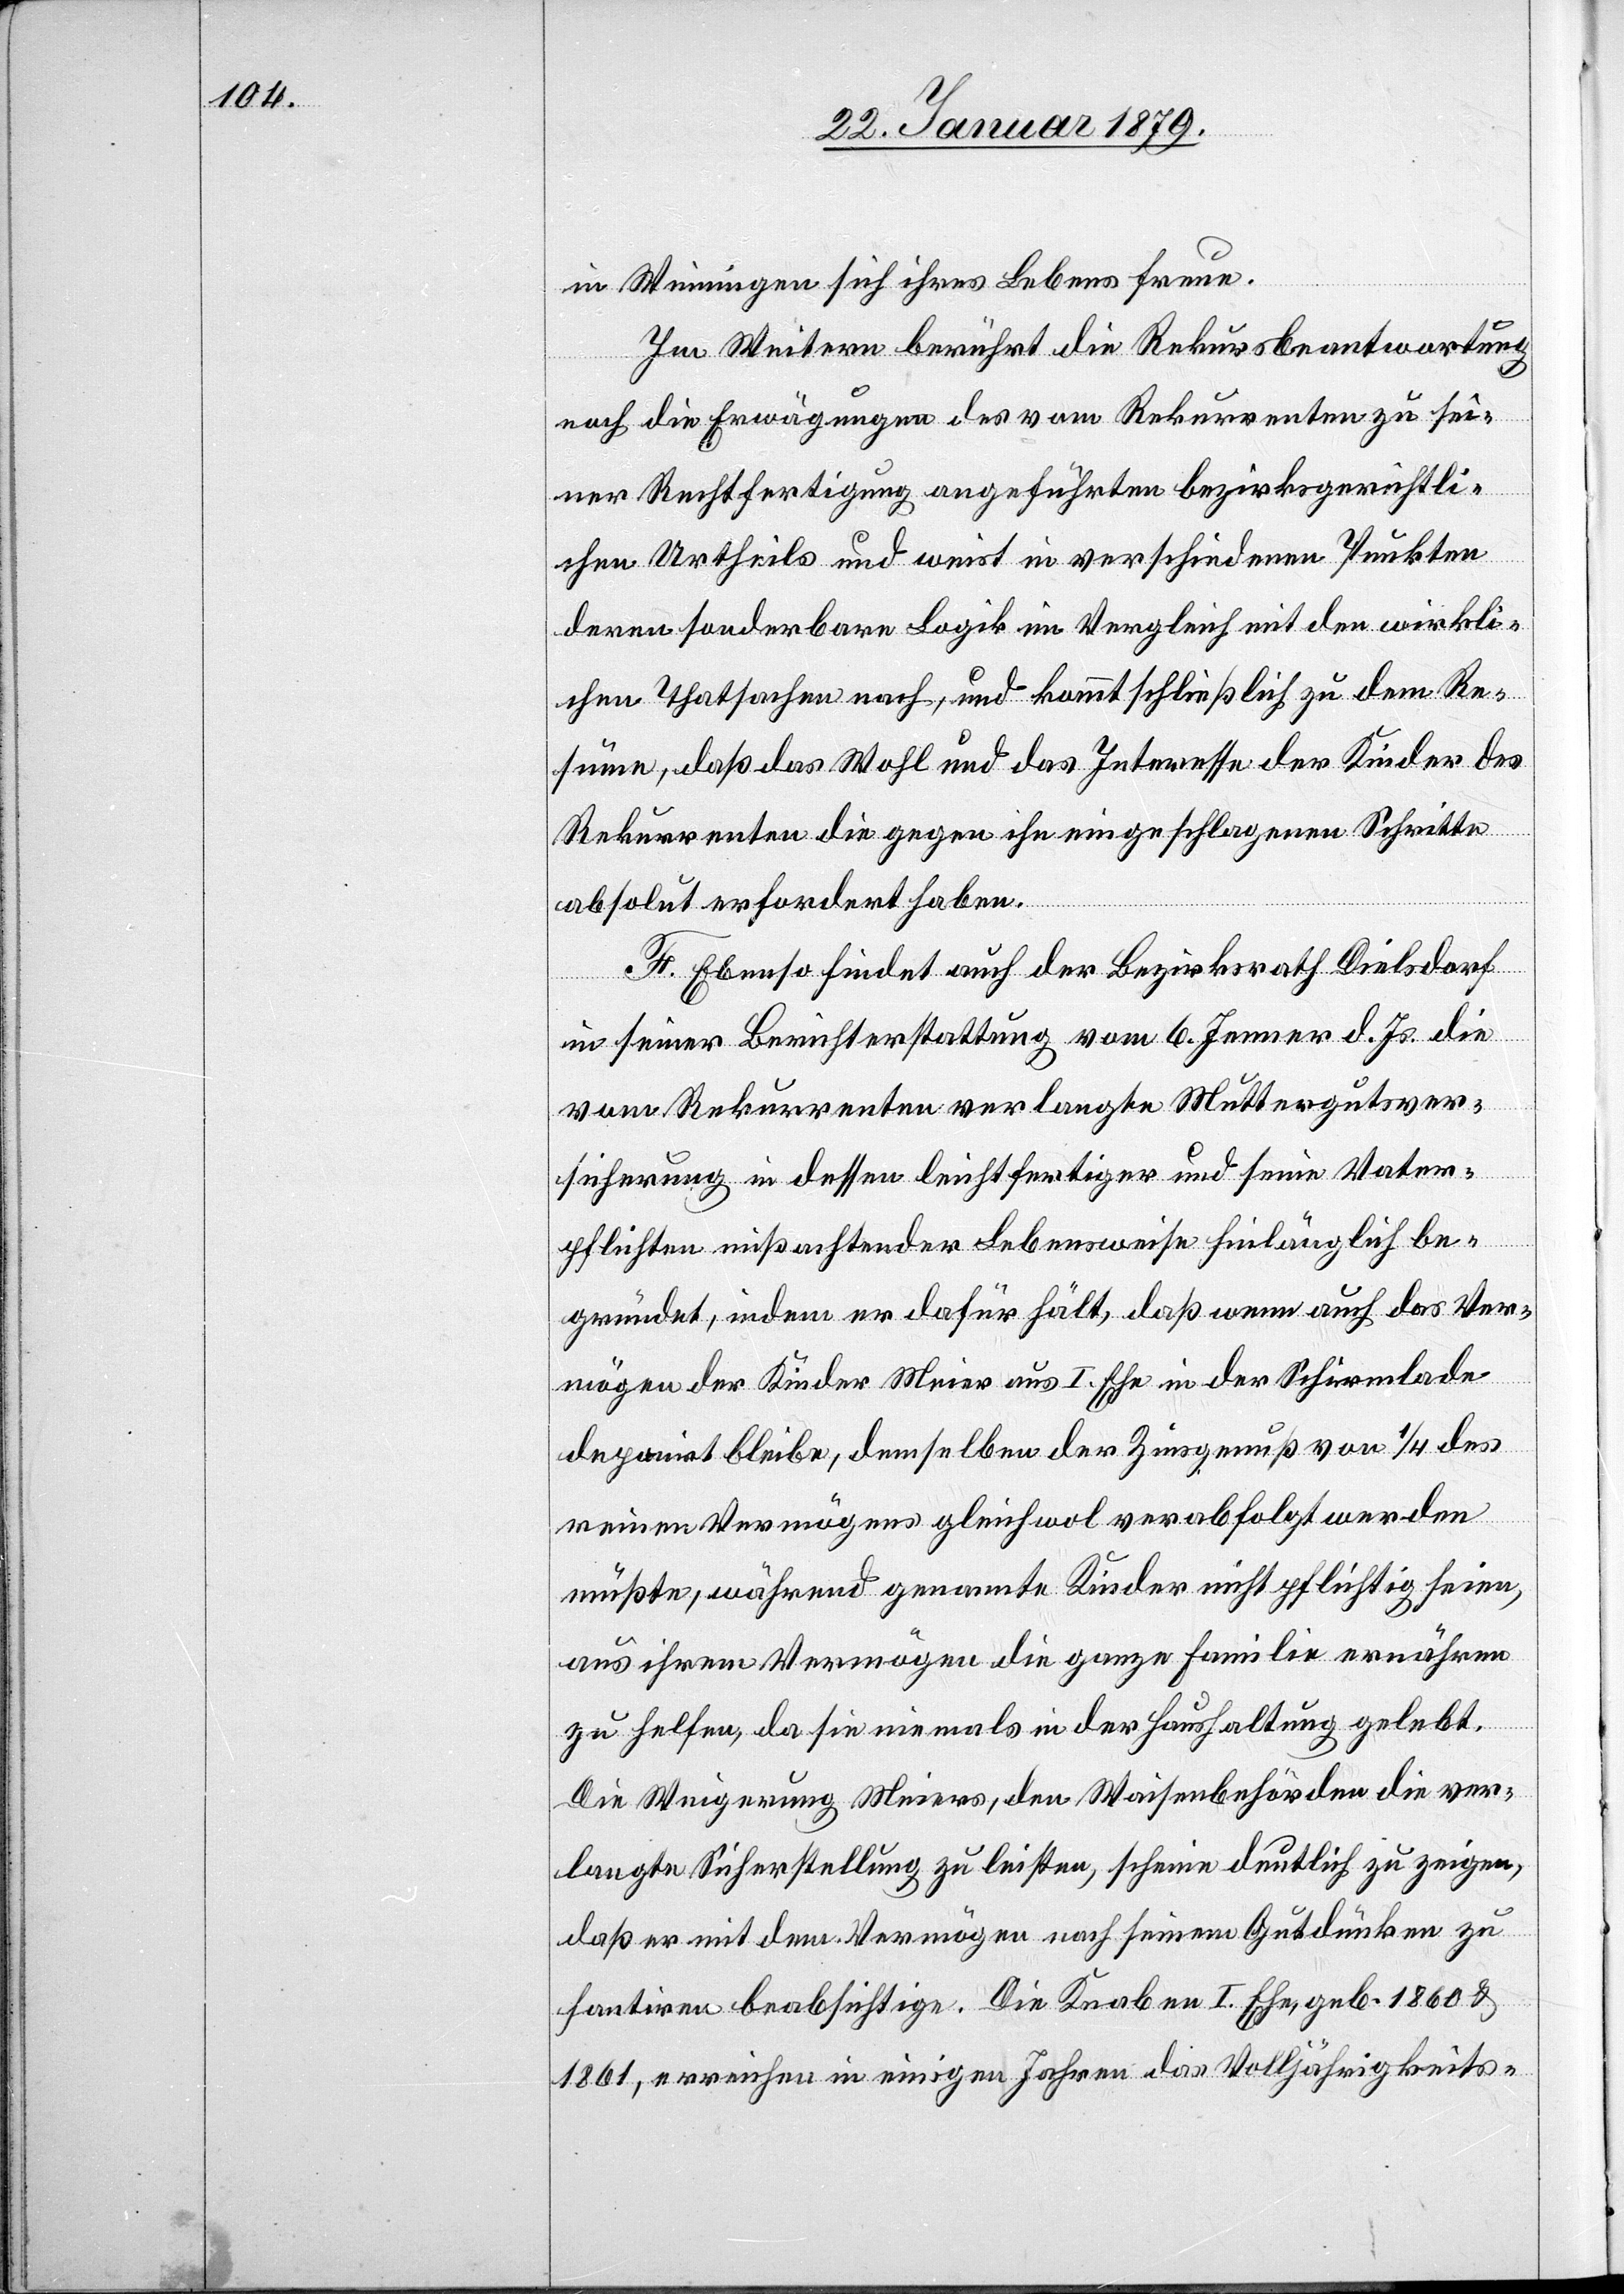
in Weiningen sich ihres Lebens freue.
Im Weitern berührt die Rekursbeantwortung
noch die Erwägungen des vom Rekurrenten zu sei¬
ner Rechtfertigung angeführten bezirksgerichtli¬
chen Urtheils und weist in verschiedenen Punkten
deren sonderbare Logik im Vergleich mit den wirkli¬
chen Thatsachen nach, und kommt schließlich zu dem Re¬
süme, daß das Wohl und das Interesse der Kinder des
Rekurrenten die gegen ihn eingeschlagenen Schritte
absolut erfordert haben.
F. Ebenso findet auch der Bezirksrath Dielsdorf
in seiner Berichterstattung vom 6. Jenner d. Js. die
vom Rekurrenten verlangte Muttergutsver¬
sicherung in dessen leichtfertiger und seine Vater¬
pflichten mißachtender Lebensweise hinlänglich be¬
gründet, indem er dafür hält, daß wenn auch das Ver¬
mögen der Kinder Meier aus I. Ehe in der Schirmlade
deponirt bleibe, demselben der Zinsgenuß von 1/4 des
reinen Vermögens gleichwol verabfolgt werden
müßte, während genannte Kinder nicht pflichtig seien,
aus ihrem Vermögen die ganze Familie ernähren
zu helfen, da sie niemals in der Haushaltung gelebt.
Die Weigerung Meiers, den Waisenbehörden die ver¬
langte Sicherstellung zu leisten, scheine deutlich zu zeigen,
daß er mit dem Vermögen nach seinem Gutdünken zu
hantiren beabsichtige. Die Knaben I. Ehe, geb. 1860 &
1861, erreichen in einigen Jahren das Volljährigkeits-